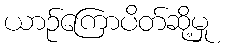
ယာဉ်ကြောပိတ်ဆို့မှု